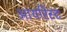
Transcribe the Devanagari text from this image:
आयरिस्ट